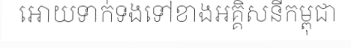
អោយទាក់ទងទៅខាងអគ្គិសនីកម្ពុជា